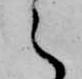
之